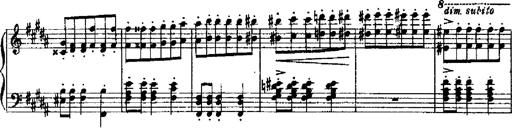
Title: RÃ©miniscences de Robert le diable
Composer: Franz Liszt